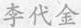
李代金